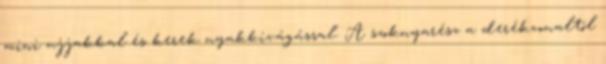
mini ujjakkal és kerek nyakkivágással. A szoknyarész a derékvonaltól